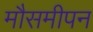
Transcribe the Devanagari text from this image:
मौसमीपन